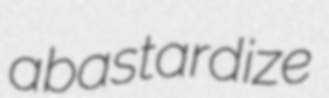
abastardize